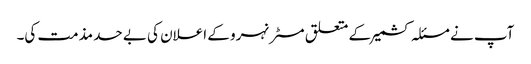
آپ نے مسئلہ کشمیر کے متعلق مسٹر نہرو کے اعلان کی بے حد مذمت کی۔